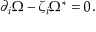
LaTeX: \partial _ { i } \Omega - \zeta _ { { i } } \Omega ^ { \ast } = 0 .